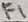
Text: F1